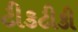
ટીકટીકી